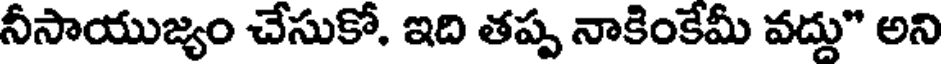
నీసాయుజ్యం చేసుకో, ఇది తప్ప నాకింకేమీ వద్దు" అని